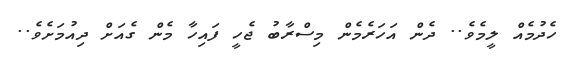
ހެދުމެއް ލީމެވެ.. ދެން އަހަރެމެން މިސްރާބު ޖެހީ ފައިހާ މެން ގެއަށް ދިއުމަށެވެ..